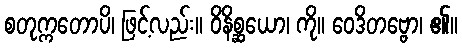
စတုက္ကတောပိ၊ ဖြင့်လည်း။ ဝိနိစ္ဆယော၊ ကို။ ဝေဒိတဗ္ဗော၊ ၏။